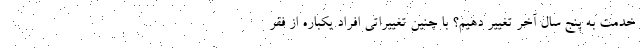
خدمت به پنج سال آخر تغییر دهیم؟ با چنین تغییراتی افراد یکباره از فقر